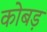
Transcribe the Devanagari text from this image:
कोबड़